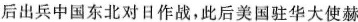
后出兵中国东北对日作战，此后美国驻华大使赫